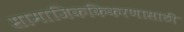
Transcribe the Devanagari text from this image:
सामाजिककिकरणासाठी